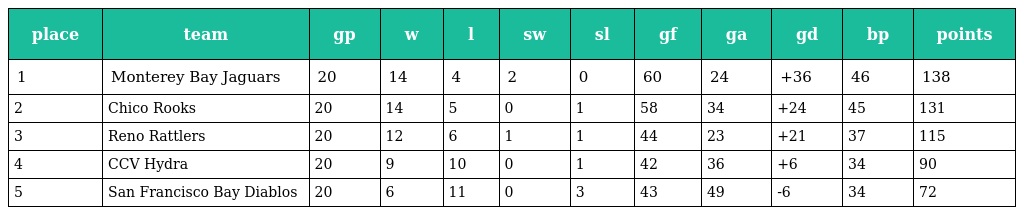
| place | team | gp | w | l | sw | sl | gf | ga | gd | bp | points |
 | --- | --- | --- | --- | --- | --- | --- | --- | --- | --- | --- | --- |
 | 1 | Monterey Bay Jaguars | 20 | 14 | 4 | 2 | 0 | 60 | 24 | +36 | 46 | 138 |
 | 2 | Chico Rooks | 20 | 14 | 5 | 0 | 1 | 58 | 34 | +24 | 45 | 131 |
 | 3 | Reno Rattlers | 20 | 12 | 6 | 1 | 1 | 44 | 23 | +21 | 37 | 115 |
 | 4 | CCV Hydra | 20 | 9 | 10 | 0 | 1 | 42 | 36 | +6 | 34 | 90 |
 | 5 | San Francisco Bay Diablos | 20 | 6 | 11 | 0 | 3 | 43 | 49 | -6 | 34 | 72 |